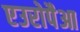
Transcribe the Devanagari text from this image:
एउरोपैआ